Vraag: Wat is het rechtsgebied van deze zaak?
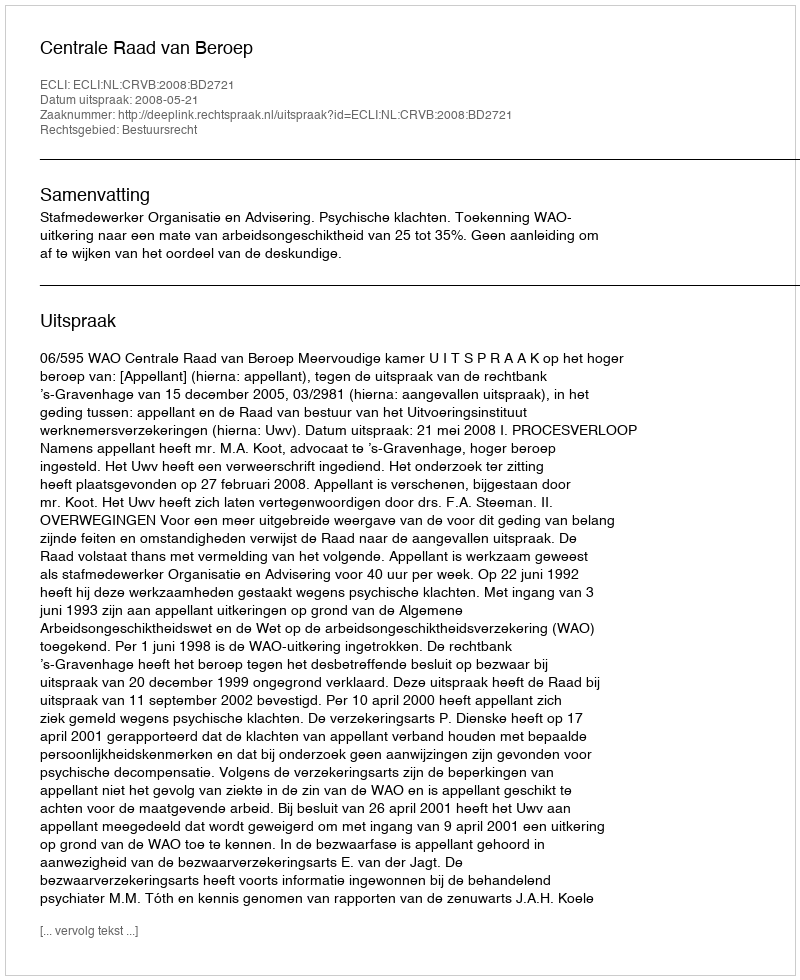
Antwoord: Bestuursrecht